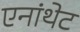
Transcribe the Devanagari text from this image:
एनांथेट